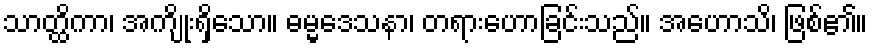
သာတ္ထိကာ၊ အကျိုးရှိသော။ ဓမ္မဒေသနာ၊ တရားဟောခြင်းသည်။ အဟောသိ၊ ဖြစ်၏။